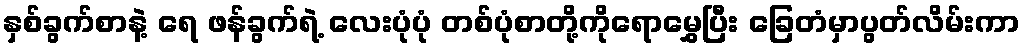
နှစ်ခွက်စာနဲ့ ရေ ဖန်ခွက်ရဲ့ လေးပုံပုံ တစ်ပုံစာတို့ကိုရောမွှေပြီး ခြေတံမှာပွတ်လိမ်းကာ